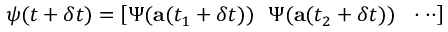
\boldsymbol { \psi } ( t + \delta t ) = \left[ \boldsymbol { \Psi } ( \mathbf { a } ( t _ { 1 } + \delta t ) ) ~ ~ \boldsymbol { \Psi } ( \mathbf { a } ( t _ { 2 } + \delta t ) ) ~ ~ \cdot \cdot \cdot \right]